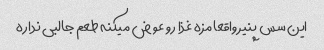
این سس پنیر واقعا مزه غذا رو عوض میکنه طعم جالبی نداره